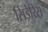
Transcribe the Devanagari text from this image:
सिडेरिस